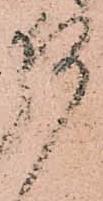
何